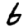
Digit: 6